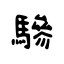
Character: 驂